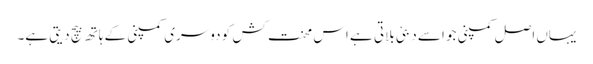
یہاں اصل کمپنی جو اسے دبئی بلاتی ہے اس محنت کش کو دوسری کمپنی کے ہاتھ بیچ دیتی ہے۔